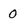
Character: 0